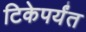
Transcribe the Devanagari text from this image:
टिकेपर्यंत